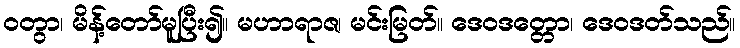
ဝတွာ၊ မိန့်တော်မူပြီး၍။ မဟာရာဇ၊ မင်းမြတ်။ ဒေဝဒတ္တော၊ ဒေဝဒတ်သည်။